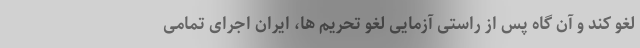
لغو کند و آن گاه پس از راستی آزمایی لغو تحریم ها، ایران اجرای تمامی